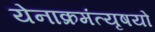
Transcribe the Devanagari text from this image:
येनाक्रमंत्यृषयो